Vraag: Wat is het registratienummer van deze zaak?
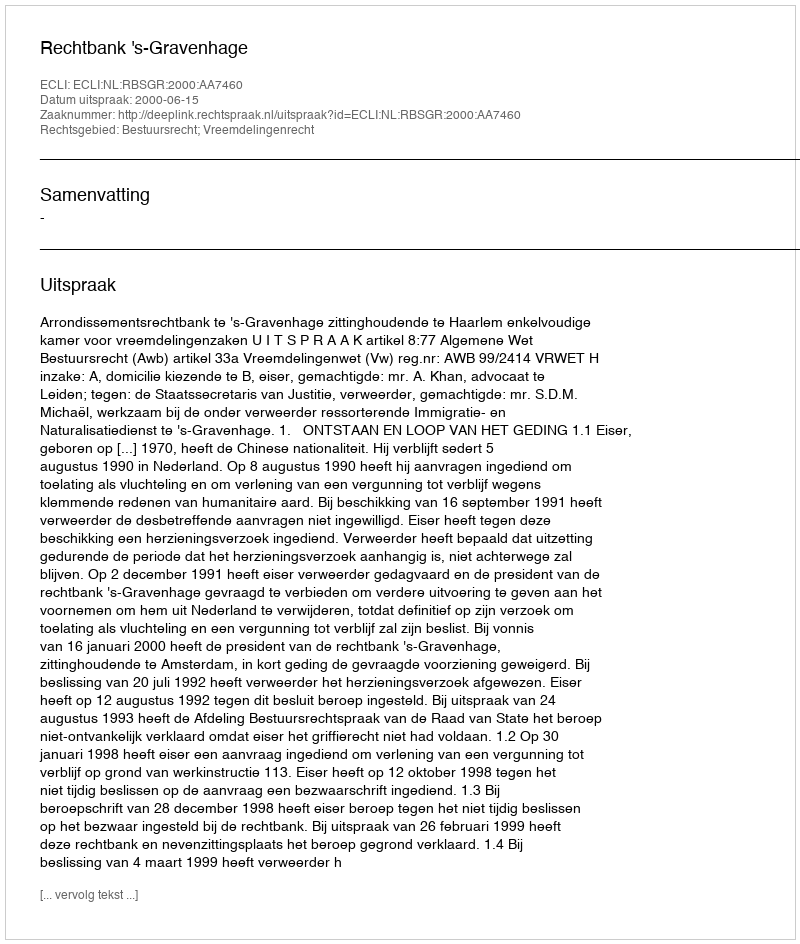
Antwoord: http://deeplink.rechtspraak.nl/uitspraak?id=ECLI:NL:RBSGR:2000:AA7460